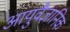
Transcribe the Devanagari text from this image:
आयुवैज्ञानिक